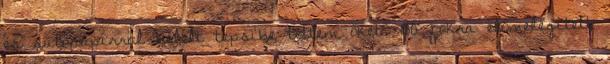
és sütőpapírral bélelt tepsibe tettem őket. 180 fokra előmelegített